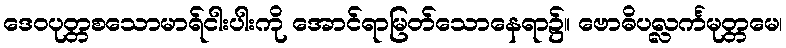
ဒေဝပုတ္တစသောမာရ်ငါးပါးကို အောင်ရာမြတ်သောနေရာ၌။ ဗောဓိပလ္လင်္ကမုတ္တမေ၊